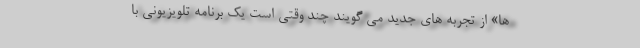
ها» از تجربه های جدید می گویند چند وقتی است یک برنامه تلویزیونی با